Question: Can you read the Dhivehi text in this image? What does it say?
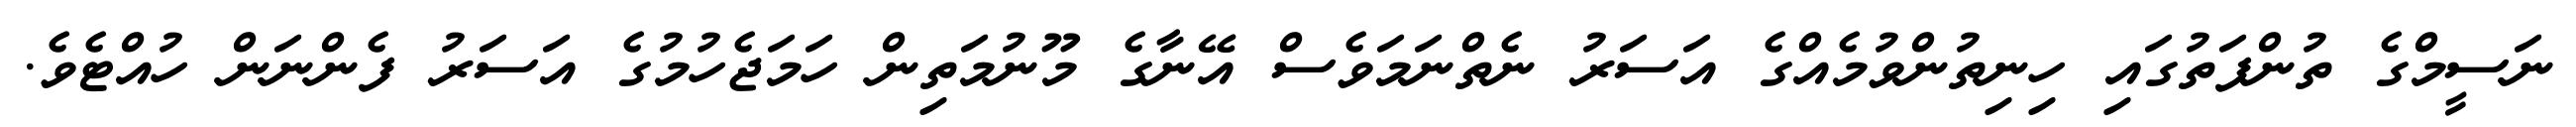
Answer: ނަސީމްގެ ތުންފަތުގައި ހިނިތުންވުމެއްގެ އަސަރު ނެތްނަމަވެސް އޭނާގެ މޫނުމަތިން ހަމަޖެހުމުގެ އަސަރު ފެންނަން ހުއްޓެވެ.